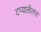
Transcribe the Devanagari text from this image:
टप्यातीलच